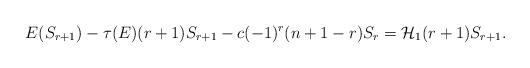
LaTeX: \begin{align*} E(S_{r+1})-\tau(E)(r+1)S_{r+1}-c(-1)^{r}(n+1-r)S_{r}=\mathcal{H}_{1}(r+1)S_{r+1}. \end{align*}